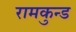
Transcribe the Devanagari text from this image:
रामकुन्ड